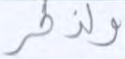
ولذكر